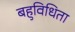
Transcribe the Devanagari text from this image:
बहुविधिता